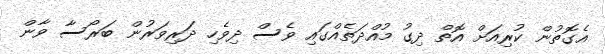
އެގޮތުން ކުރިއަށް އޮތް ދިގު މުއްދަތެއްގައި ވެސް ދިވެހި ދަރިވަރުން ބަރޯސާ ވާން